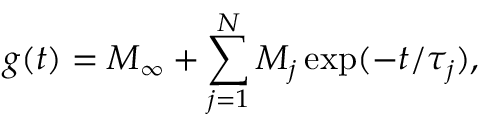
g ( t ) = M _ { \infty } + \sum _ { j = 1 } ^ { N } M _ { j } \exp ( - t / \tau _ { j } ) ,